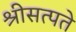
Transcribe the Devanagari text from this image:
श्रीसत्पते